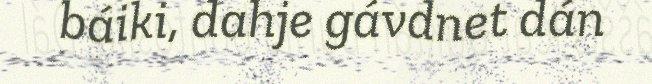
báiki, dahje gávdnet dán